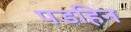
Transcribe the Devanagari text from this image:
पडहिन